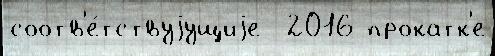
соотв'е́тствуjущиjе  2016 прокатк'е